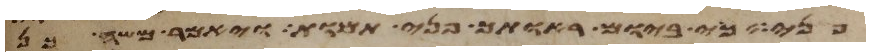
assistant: פני כי ביום ראותך פני תמות ויאמר משה כן